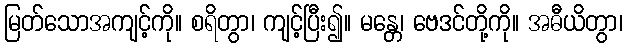
မြတ်သောအကျင့်ကို။ စရိတွာ၊ ကျင့်ပြီး၍။ မန္တေ၊ ဗေဒင်တို့ကို။ အဓီယိတွာ၊